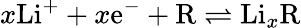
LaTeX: x\mathrm{Li}^{+}+x\mathrm{e}^{-}+\mathrm{R}\rightleftharpoons\mathrm{Li}_{x}\mathrm{R}